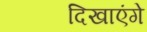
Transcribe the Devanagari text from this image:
दिखाएंगे